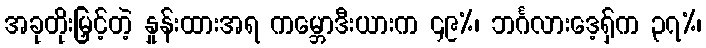
အခုတိုးမြှင့်တဲ့ နှုန်းထားအရ ကမ္ဘောဒီးယားက ၄၉%၊ ဘင်္ဂလားဒေ့ရှ်က ၃၇%၊